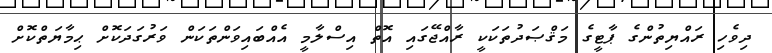
ދިވެހި ރައްޔިތުންގެ ޕާޓީގެ މަޤްޞަދުތަކަކީ ރާއްޖޭގައި އޮތް އިސްލާމީ އެއްބައިވަންތަކަން ވަރުގަދަކޮށް ޙިމާޔަތްކޮށް